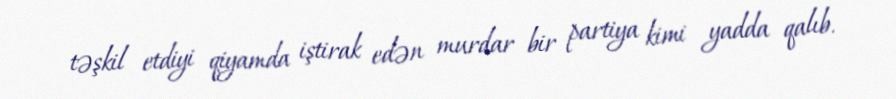
təşkil etdiyi qiyamda iştirak edən murdar bir partiya kimi yadda qalıb.